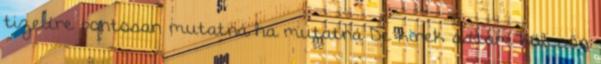
tizedre pontosan mutatná ha mutatná De kinek adtam kölcsön